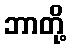
ဘာတို့